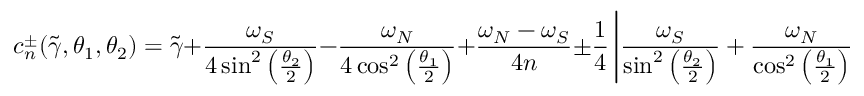
c _ { n } ^ { \pm } ( \widetilde { \gamma } , \theta _ { 1 } , \theta _ { 2 } ) = \widetilde { \gamma } + \frac { \omega _ { S } } { 4 \sin ^ { 2 } \left( \frac { \theta _ { 2 } } { 2 } \right) } - \frac { \omega _ { N } } { 4 \cos ^ { 2 } \left( \frac { \theta _ { 1 } } { 2 } \right) } + \frac { \omega _ { N } - \omega _ { S } } { 4 n } \pm \frac { 1 } { 4 } \left| \frac { \omega _ { S } } { \sin ^ { 2 } \left( \frac { \theta _ { 2 } } { 2 } \right) } + \frac { \omega _ { N } } { \cos ^ { 2 } \left( \frac { \theta _ { 1 } } { 2 } \right) } - \frac { \omega _ { N } + \omega _ { S } - 2 \omega _ { C } } { n } \right| \pm \mathtt { r } _ { n } ( \theta _ { 1 } , \theta _ { 2 } ) ,